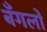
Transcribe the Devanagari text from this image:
बँगलों